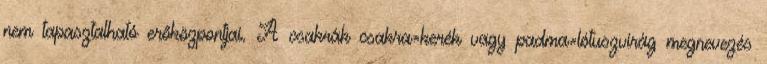
nem tapasztalható erőközpontjai. A csakrák csakra=kerék vagy padma=lótuszvirág megnevezés